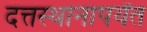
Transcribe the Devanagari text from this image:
दत्तस्थानापर्यंत